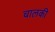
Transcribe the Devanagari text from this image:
चालकी